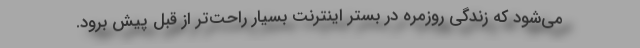
می‌شود که زندگی روزمره در بستر اینترنت بسیار راحت‌تر از قبل پیش برود.